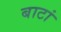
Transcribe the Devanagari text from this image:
बाटां